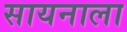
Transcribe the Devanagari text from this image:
सायनाला